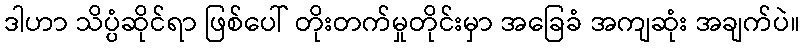
ဒါဟာ သိပ္ပံဆိုင်ရာ ဖြစ်ပေါ် တိုးတက်မှုတိုင်းမှာ အခြေခံ အကျဆုံး အချက်ပဲ။